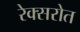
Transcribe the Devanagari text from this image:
रेक्सरोत